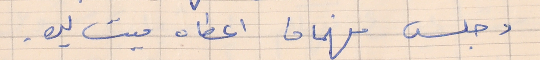
وجلس فهمان اعطاه ميت ليره .